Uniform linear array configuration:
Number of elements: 16
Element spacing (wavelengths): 1
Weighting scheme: uniform
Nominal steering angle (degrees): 60
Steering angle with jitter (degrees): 58.172
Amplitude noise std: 0.05
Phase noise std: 0.05

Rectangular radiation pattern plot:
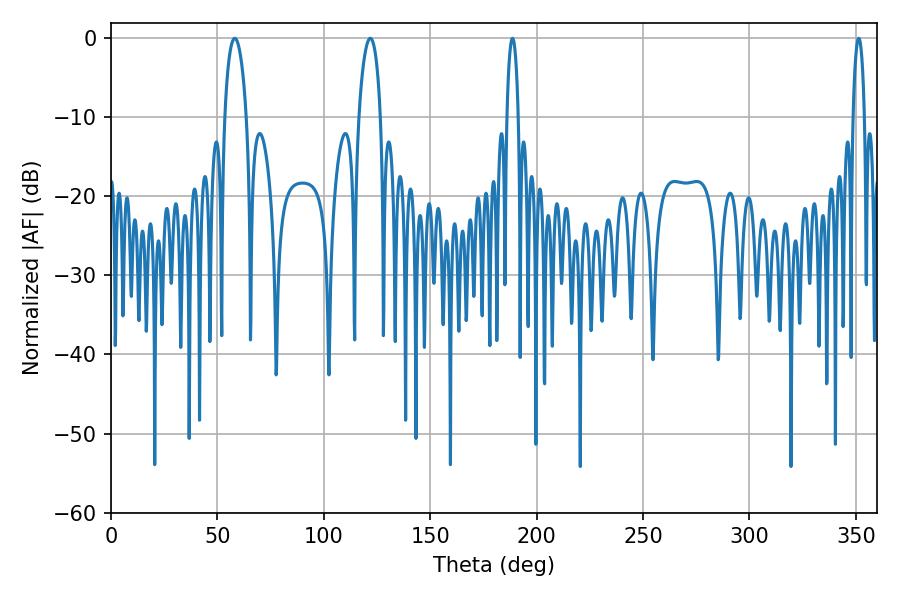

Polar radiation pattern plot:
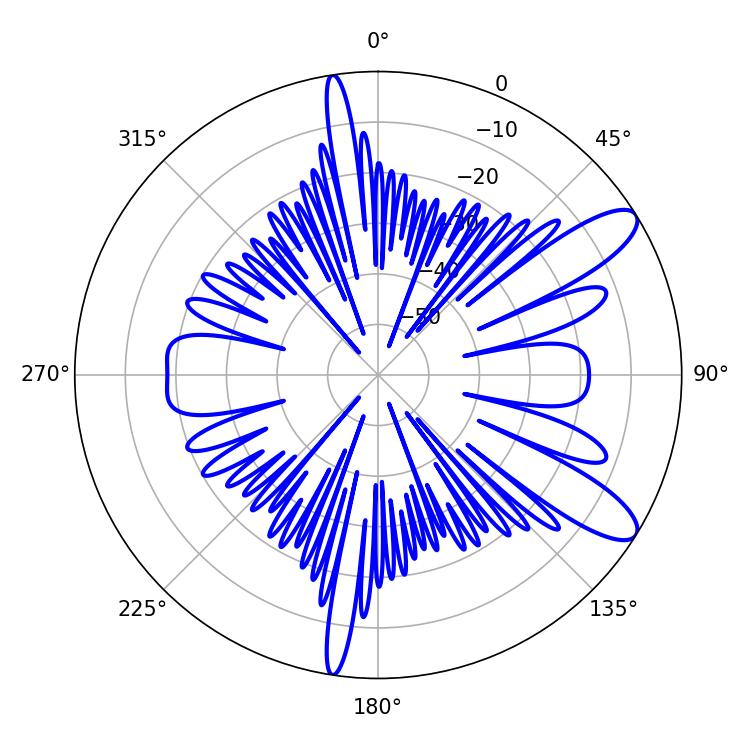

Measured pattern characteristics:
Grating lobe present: TRUE
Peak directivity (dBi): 10.6
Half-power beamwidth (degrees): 5.76
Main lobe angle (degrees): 58.14